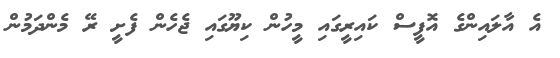
އެ އާލައިންގެ އޮފީސް ކައިރީގައި މީހުން ކިޔޫގައި ޖެހެން ފެށީ ރޭ މެންދަމުން